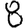
Digit: 8